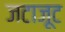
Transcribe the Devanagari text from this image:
जटाजूट